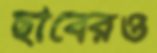
ছাবেরও